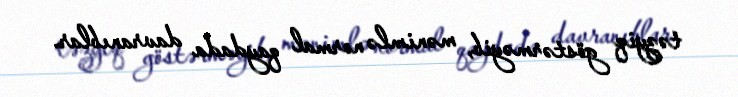
təzyiq göstərməyib, mənimlə normal qaydada davranıblar.